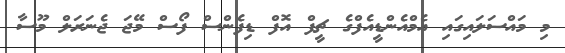
މި މައްސަލައިގައި އެމްއެންޑީއެފްގެ ޗީފް އޮފް ޑިފެންސް ފޯސް މޭޖަ ޖެނަރަލް މޫސާ